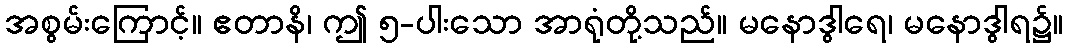
အစွမ်းကြောင့်။ ဧတာနိ၊ ဤ ၅-ပါးသော အာရုံတို့သည်။ မနောဒွါရေ၊ မနောဒွါရ၌။